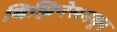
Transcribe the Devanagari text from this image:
बिझिनेसमधून